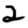
Digit: 2